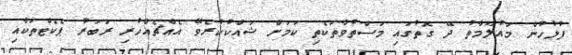
ފުލުހުން މައުލޫމާތު ދޭ ގޮތުގައި މަސްތުވާތަކެތި ކަމަށް ޝައްކުކުރެވޭ އެއްޗެއްހުރި ރަބަރު ޕެކެޓްތަކާއި